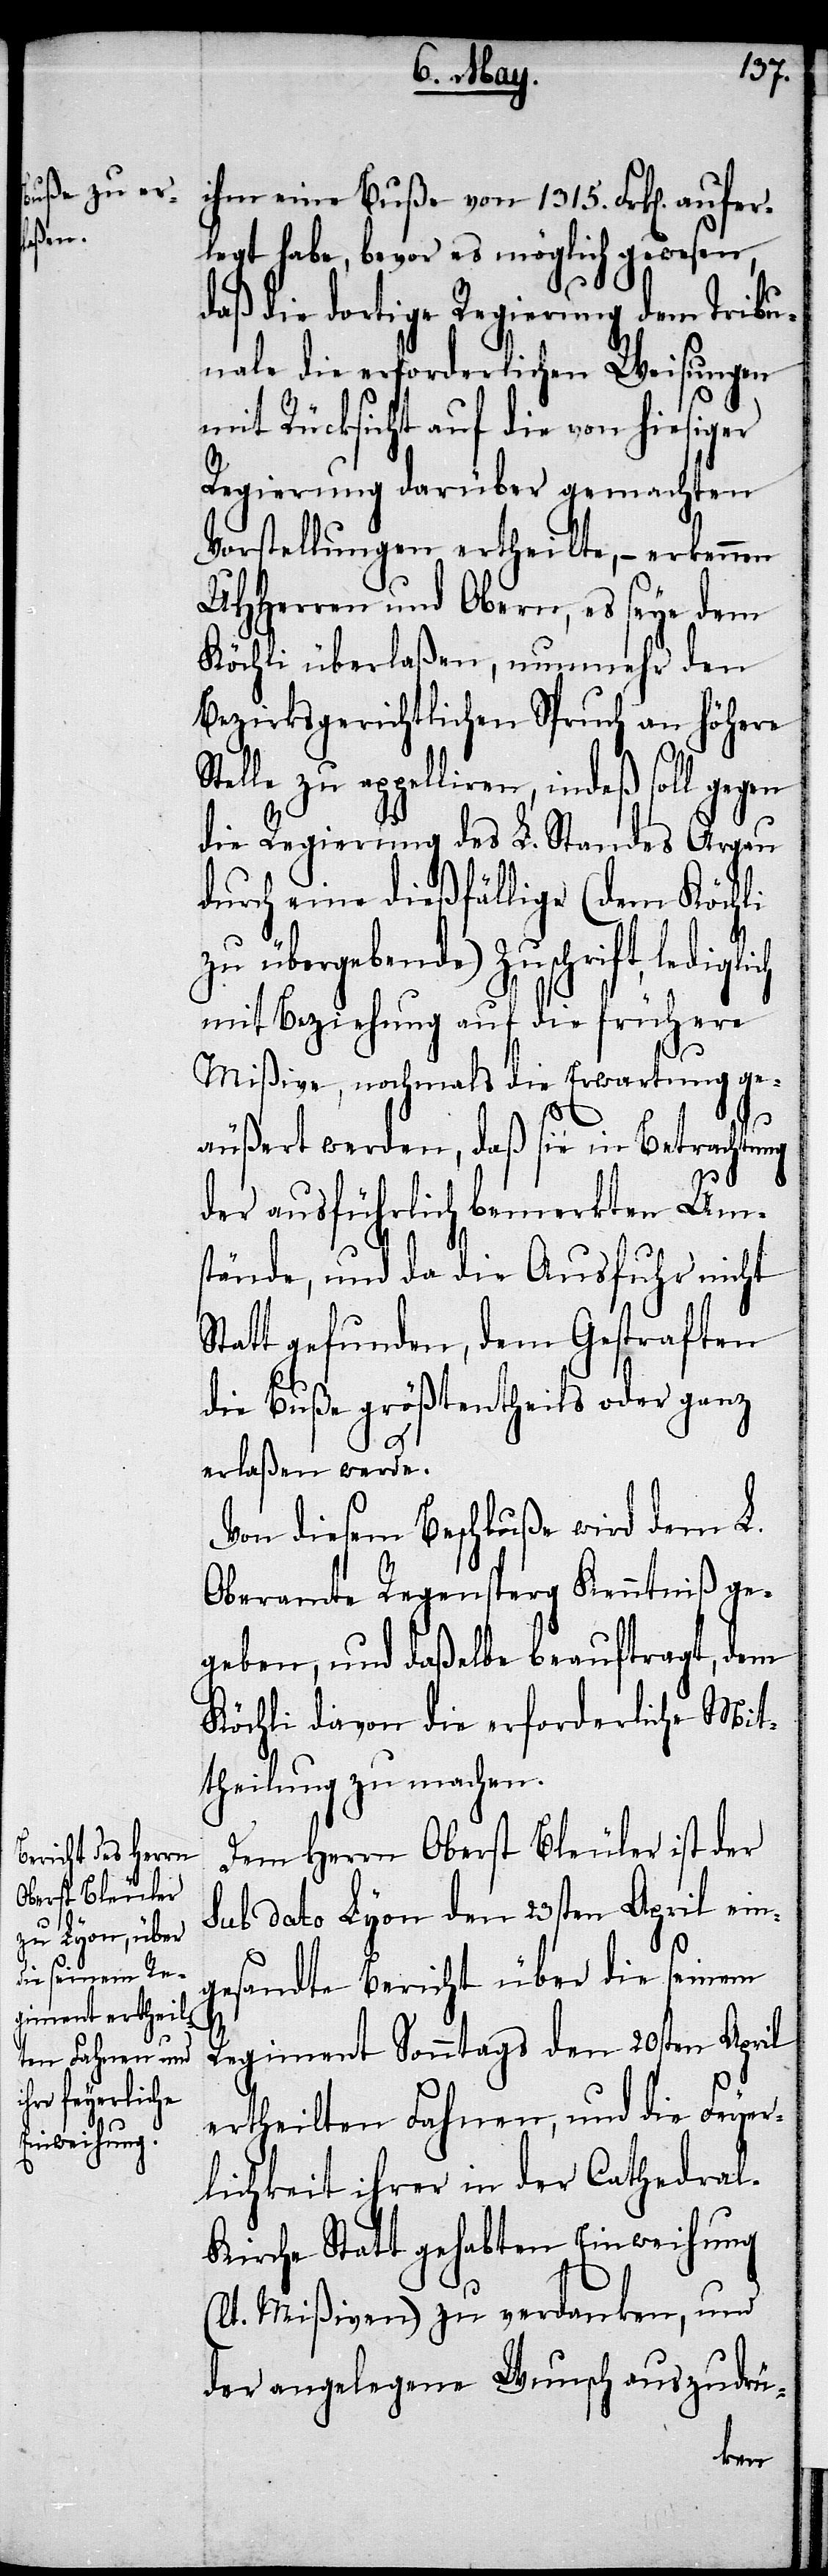
ihm eine Buße von 1315. Frk[en]. aufer¬
legt habe, bevor es möglich gewesen,
daß die dortige Regierung dem Tribu¬
nale die erforderlichen Weisungen
mit Rücksicht auf die von hiesiger
Regierung darüber gemachten
Vorstellungen ertheilte, – erkennen
UHHerren und Obern, es seye dem
Köchli überlaßen, nunmehr den
Bezirksgerichtlichen Spruch an höhere
Stelle zu appelliren, indeß soll gegen
die Regierung des L. Standes Argau
durch eine dießfällige (dem Köchli
zu übergebende) Zuschrift, ledig¬
mit Beziehung auf die frühere
Mißive, nochmals die Erwartung ge¬
äußert werden, daß sie in Betrachtung
der ausführlich bemerkten Ums¬
tände, und da die Ausfuhr nicht
Statt gefunden, dem Gestraften
die Buße größtentheils oder ganz
erlaßen werde.
Von diesem Beschluße wird dem L.
Oberamte Regensberg Kenntniß ge¬
geben, und daßelbe beauftragt, dem
Köchli davon die erforderliche Mit¬
theilung zu machen.
Dem Herrn Oberst Bleuler ist der
sub dato Lyon den 23sten April ein¬
(l¬
gesandte Bericht über die seinem
Regiment Sonntags den 20sten April
ertheilten Fahnen, und die Feyer¬
lichkeit ihrer in der Cathedral¬
kirche Statt gehabten Einweihung
t. Mißiven) zu verdanken, und
der angelegene Wunsch auszudrü-